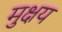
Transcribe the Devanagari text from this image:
मुक्षय